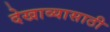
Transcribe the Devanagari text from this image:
देखाव्यासाठी